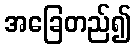
အခြေတည်၍